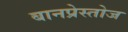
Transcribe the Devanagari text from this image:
बानप्रेस्तोज